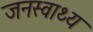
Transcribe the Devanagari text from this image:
जनस्वाथ्य